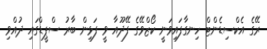
ރޭގެ އެކްސިޑެންޓް ހިނގާފައިވަނީ ކޯޒްވޭގެ ފޭދޫއާ ވީ ފަޅިން ބާރު ސްޕީޑްގައި ދުއްވި